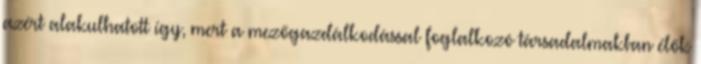
azért alakulhatott így, mert a mezőgazdálkodással foglalkozó társadalmakban élők